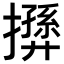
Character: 𢶛